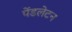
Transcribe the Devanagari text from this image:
पेंडलेटन